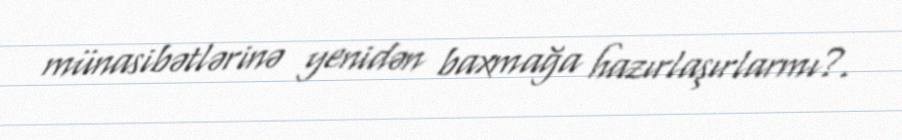
münasibətlərinə yenidən baxmağa hazırlaşırlarmı?.